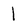
Character: 1